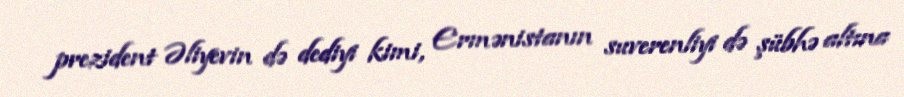
prezident Əliyevin də dediyi kimi, Ermənistanın suverenliyi də şübhə altına